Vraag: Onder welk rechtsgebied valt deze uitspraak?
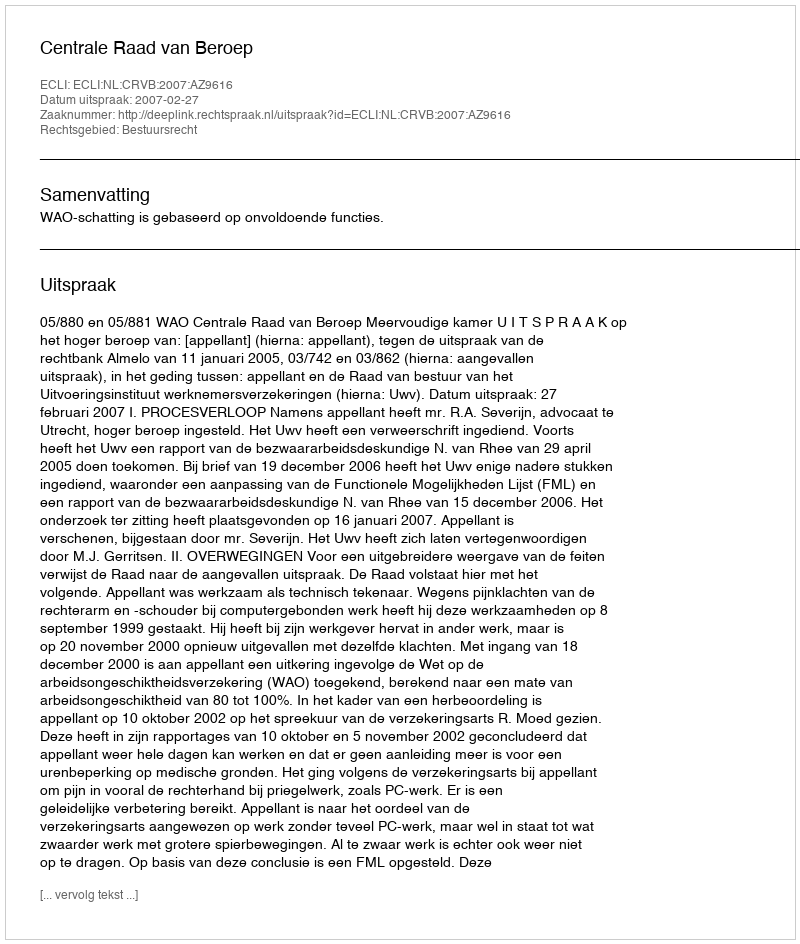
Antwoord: Bestuursrecht